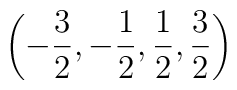
\left( -\displaystyle\frac{3}{2},-\displaystyle\frac{1}{2},\displaystyle\frac{1}{2},\displaystyle\frac{3}{2}\right)